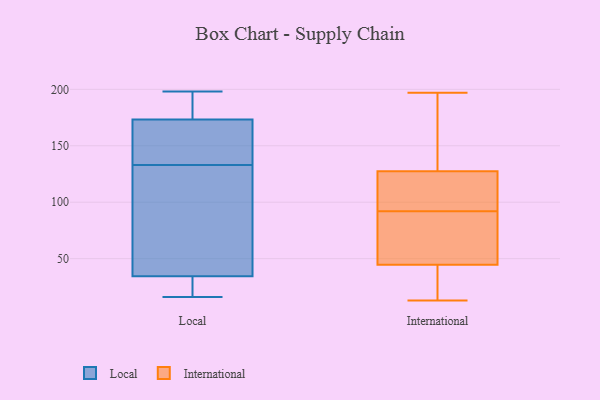
{"axis": {"x": "Website Visitors", "y": "Value"}, "legend": ["International", "Local"], "data": [{"x": "", "y": 133, "type": "Local"}, {"x": "", "y": 173, "type": "Local"}, {"x": "", "y": 51, "type": "Local"}, {"x": "", "y": 21, "type": "Local"}, {"x": "", "y": 111, "type": "Local"}, {"x": "", "y": 171, "type": "Local"}, {"x": "", "y": 24, "type": "Local"}, {"x": "", "y": 189, "type": "Local"}, {"x": "", "y": 27, "type": "Local"}, {"x": "", "y": 45, "type": "Local"}, {"x": "", "y": 174, "type": "Local"}, {"x": "", "y": 37, "type": "Local"}, {"x": "", "y": 142, "type": "Local"}, {"x": "", "y": 198, "type": "Local"}, {"x": "", "y": 16, "type": "Local"}, {"x": "", "y": 192, "type": "Local"}, {"x": "", "y": 169, "type": "Local"}, {"x": "", "y": 98, "type": "International"}, {"x": "", "y": 13, "type": "International"}, {"x": "", "y": 91, "type": "International"}, {"x": "", "y": 101, "type": "International"}, {"x": "", "y": 89, "type": "International"}, {"x": "", "y": 197, "type": "International"}, {"x": "", "y": 161, "type": "International"}, {"x": "", "y": 93, "type": "International"}, {"x": "", "y": 51, "type": "International"}, {"x": "", "y": 38, "type": "International"}, {"x": "", "y": 154, "type": "International"}, {"x": "", "y": 16, "type": "International"}]}